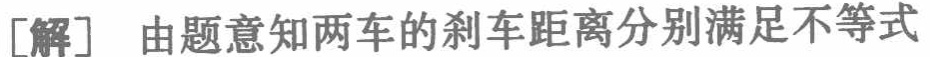
[解] 由题意知两车的刹车距离分别满足不等式